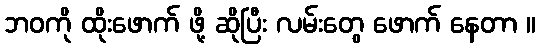
ဘဝကို ထိုးဖောက် ဖို့ ဆိုပြီး လမ်းတွေ ဖောက် နေတာ ။